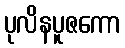
ပုလိနပူဇကော